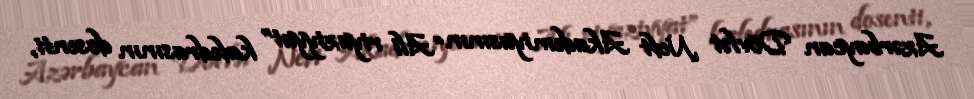
Azərbaycan Dövlət Neft Akademiyasının “Ali riyaziyyat” kafedrasının dosenti,